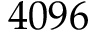
4 0 9 6